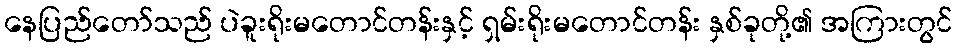
နေပြည်တော်သည် ပဲခူးရိုးမတောင်တန်းနှင့် ရှမ်းရိုးမတောင်တန်း နှစ်ခုတို့၏ အကြားတွင်